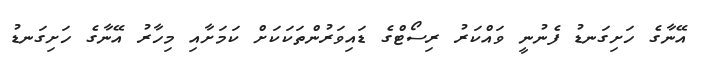
އޭނާގެ ހަށިގަނޑު ފެނުނީ ވައްކަރު ރިސޯޓްގެ ޑައިވަރުންތަކަކަށް ކަމަށާއި މިހާރު އޭނާގެ ހަށިގަނޑު